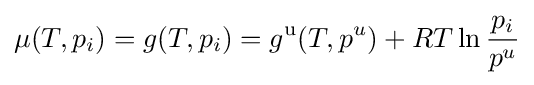
\mu (T,p_{i})=g(T,p_{i})=g^{\mathrm {u} }(T,p^{u})+RT\ln {\frac {p_{i}}{p^{u}}}